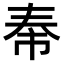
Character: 𪥐